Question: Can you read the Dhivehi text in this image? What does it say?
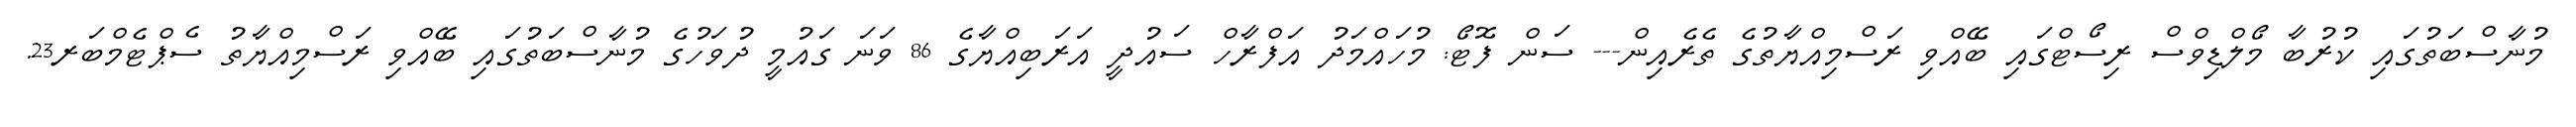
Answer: މުނާސްބަތުގައި ކުރުބާ މޯލްޑިވްސް ރިސޯޓްގައި ބޭއްވި ރަސްމިއްޔާތުގެ ތެރެއިން--- ސަން ފޮޓޯ: މުހައްމަދު އަފްރާހް ސައުދީ އަރަބިއްޔާގެ 86 ވަނަ ގައުމީ ދުވަހުގެ މުނާސްބަތުގައި ބޭއްވި ރަސްމިއްޔާތު ސެޕްޓެމްބަރ23.